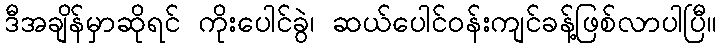
ဒီအချိန်မှာဆိုရင် ကိုးပေါင်ခွဲ၊ ဆယ်ပေါင်ဝန်းကျင်ခန့်ဖြစ်လာပါပြီ။